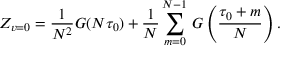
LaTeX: Z _ { v = 0 } = \frac { 1 } { N ^ { 2 } } G ( N \tau _ { 0 } ) + \frac { 1 } { N } \sum _ { m = 0 } ^ { N - 1 } \, G \left( \frac { \tau _ { 0 } + m } { N } \right) .